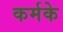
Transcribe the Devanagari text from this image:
कर्मके